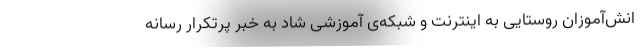
انش‌آموزان روستایی به اینترنت و شبکه‌ی آموزشی شاد به خبر پرتکرار رسانه